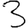
Digit: 3